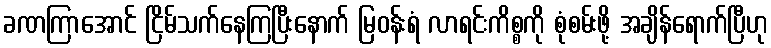
ခဏကြာအောင် ငြိမ်သက်နေကြပြီးနောက် မြဝန်းရံ လာရင်းကိစ္စကို စုံစမ်းဖို့ အချိန်ရောက်ပြီဟု